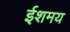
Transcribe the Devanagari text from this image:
ईशमय